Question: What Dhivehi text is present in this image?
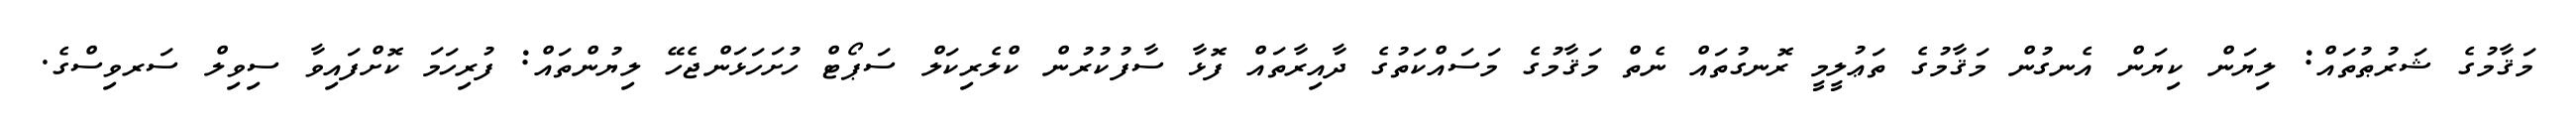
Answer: މަޤާމުގެ ޝަރުޠުތައް: ލިޔަން ކިޔަން އެނގުން މަޤާމުގެ ތަޢުލީމީ ރޮނގުތައް ނެތް މަޤާމުގެ މަސައްކަތުގެ ދާއިރާތައް ފޮޅާ ސާފުކުރުން ކްލެރިކަލް ސަޕޯޓް ހުށަހަޅަންޖެހޭ ލިޔުންތައް: ފުރިހަމަ ކޮށްފައިވާ ސިވިލް ސަރވިސްގެ.